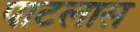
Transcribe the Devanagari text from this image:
पाटलास